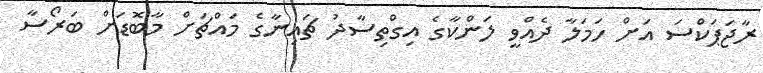
ރާޖަޕަކްސަ އަށް ހަމަލާ ދެއްވީ ލަންކާގެ އިގްތިސާދު ޗައިނާގެ މައްޗަށް މާބޮޑަށް ބަރޯސާ